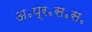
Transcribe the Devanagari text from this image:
अ॰प्र॰स॰स॰